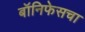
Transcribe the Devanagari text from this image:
बॉनिफेसचा